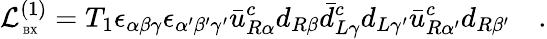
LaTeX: {\cal L}_{\mathrm{\tiny~BX}}^{(1)}=T_{1}\epsilon_{\alpha\beta\gamma}\epsilon_{\alpha^{\prime}\beta^{\prime}\gamma^{\prime}}\bar{u}_{R\alpha}^{c}d_{R\beta}\bar{d}_{L\gamma}^{c}d_{L\gamma^{\prime}}\bar{u}_{R\alpha^{\prime}}^{c}d_{R\beta^{\prime}}\quad.